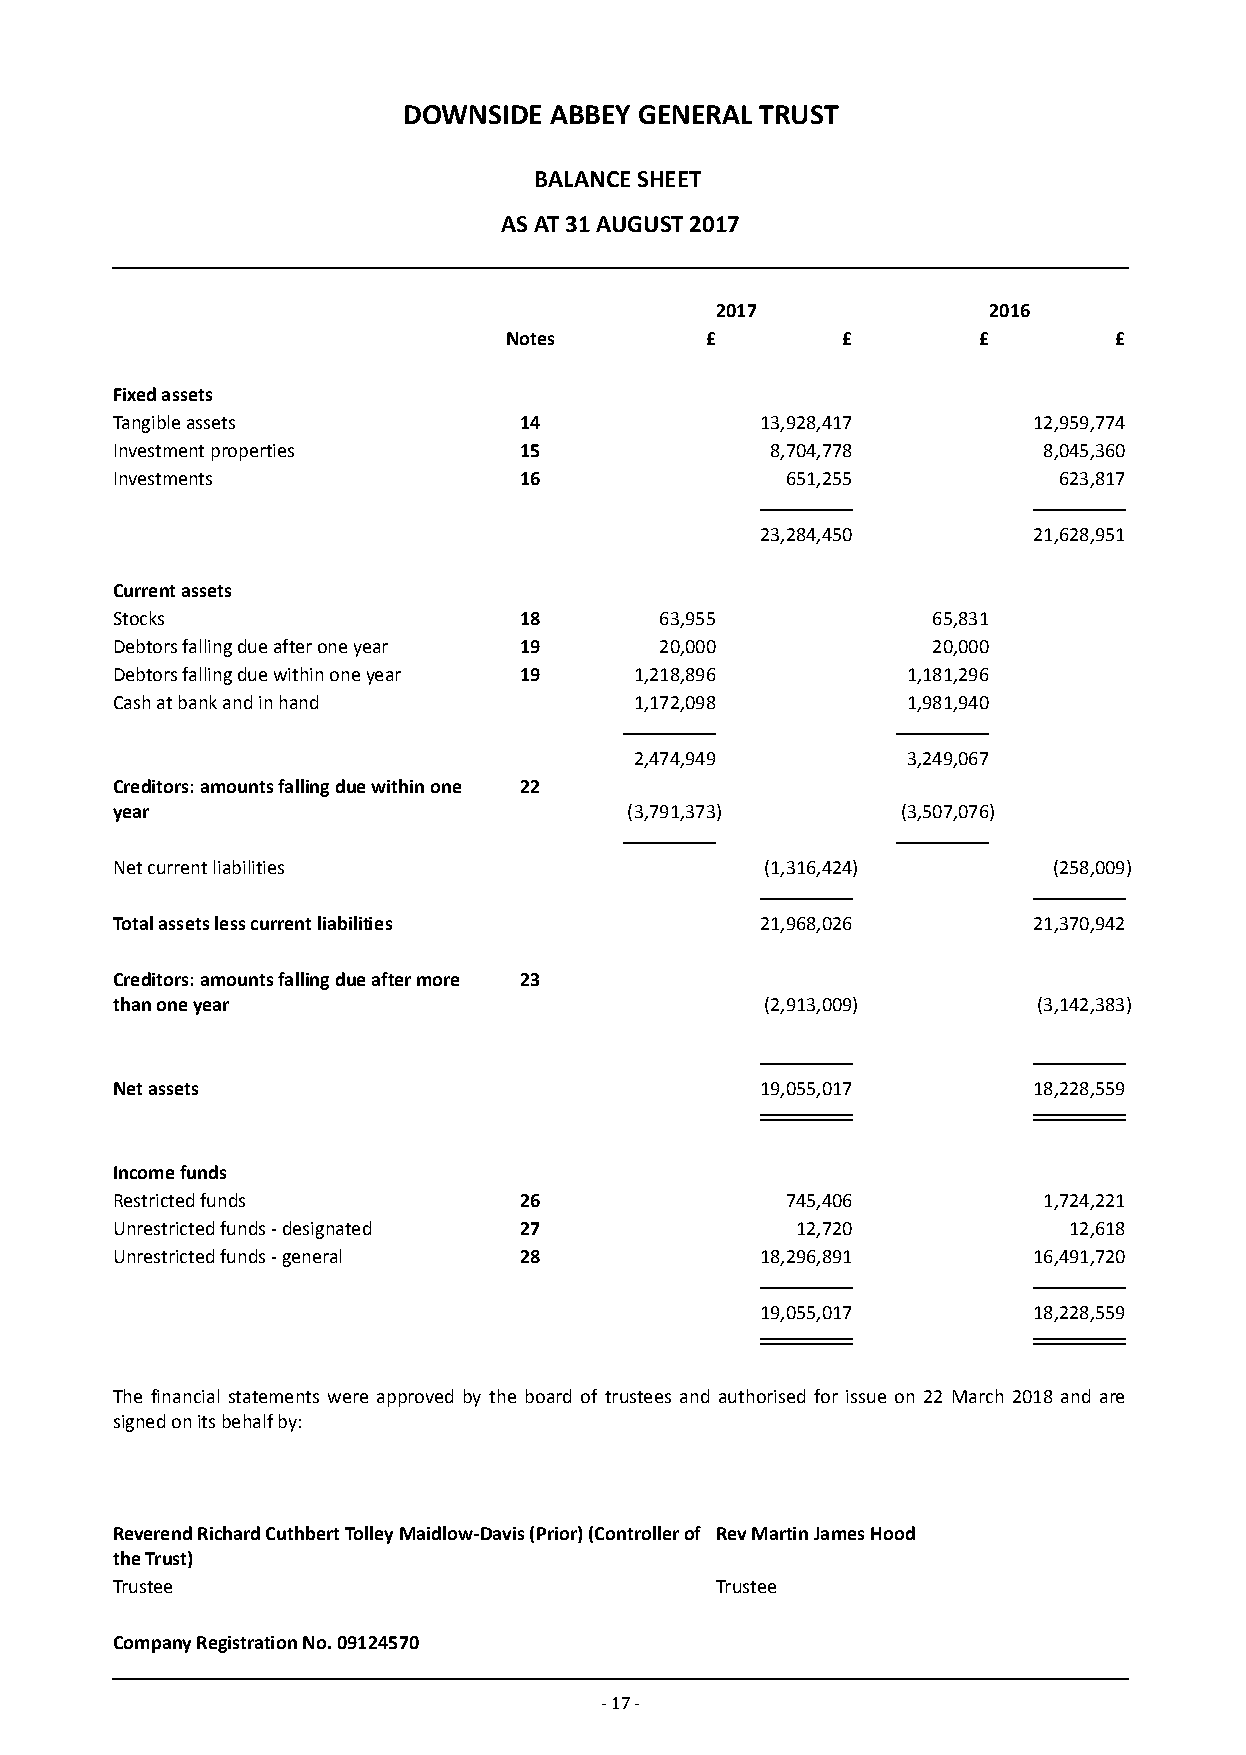
DOWNSIDE ABBEY GENERAL TRUST
 BALANCE SHEET
 AS AT 31 AUGUST 2017
 2017              2016
 Notes         £        £        £        £
 Fixed assets
 Tangible assets            14              13,928,417        12,959,774
 Investment properties      15               8,704,778         8,045,360
 Investments                16                651,255           623,817
 23,284,450        21,628,951
 Current assets
 Stocks                     18        63,955            65,831
 Debtors falling due after one year 19 20,000           20,000
 Debtors falling due within one year 19 1,218,896     1,181,296
 Cash at bank and in hand           1,172,098         1,981,940
 2,474,949         3,249,067
 Creditors: amounts falling due within one 22
 year                               (3,791,373)       (3,507,076)
 Net current liabilities                     (1,316,424)        (258,009)
 Total assets less current liabilities      21,968,026        21,370,942
 Creditors: amounts falling due after more 23
 than one year                               (2,913,009)       (3,142,383)
 Net assets                                 19,055,017        18,228,559
 Income funds
 Restricted funds           26                745,406          1,724,221
 Unrestricted funds - designated 27            12,720            12,618
 Unrestricted funds - general 28            18,296,891        16,491,720
 19,055,017        18,228,559
 The financial statements were approved by the board of trustees and authorised for issue on 22 March 2018 and are
 signed on its behalf by:
 Reverend Richard Cuthbert Tolley Maidlow-Davis (Prior) (Controller of Rev Martin James Hood
 the Trust)
 Trustee                                 Trustee
 Company Registration No. 09124570
 - 17 -